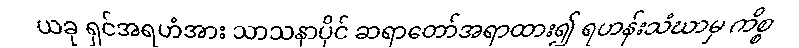
ယခု ရှင်အရဟံအား သာသနာပိုင် ဆရာတော်အရာထား၍ ရဟန်းသံဃာမှ ကိစ္စ